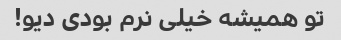
تو همیشه خیلی نرم بودی دیو!